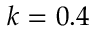
k = 0 . 4